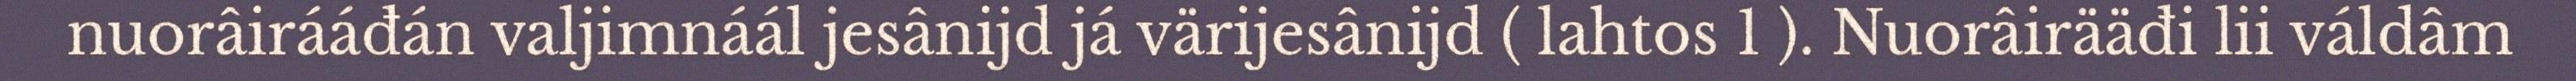
nuorâirááđán valjimnáál jesânijd já värijesânijd ( lahtos 1 ). Nuorâirääđi lii váldâm